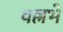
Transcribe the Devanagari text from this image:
वल्लभे